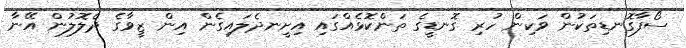
ސޯފާގޮނޑިތަކުން ވަކިން ހުރި ގޮނޑީގެ ތަންކޮޅެއްގައި އިށީނދެލައިގެން އިން ޒީވާގެ ދެލޮލުން އޭނާ